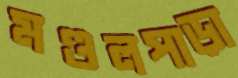
মণ্ডলপাড়া